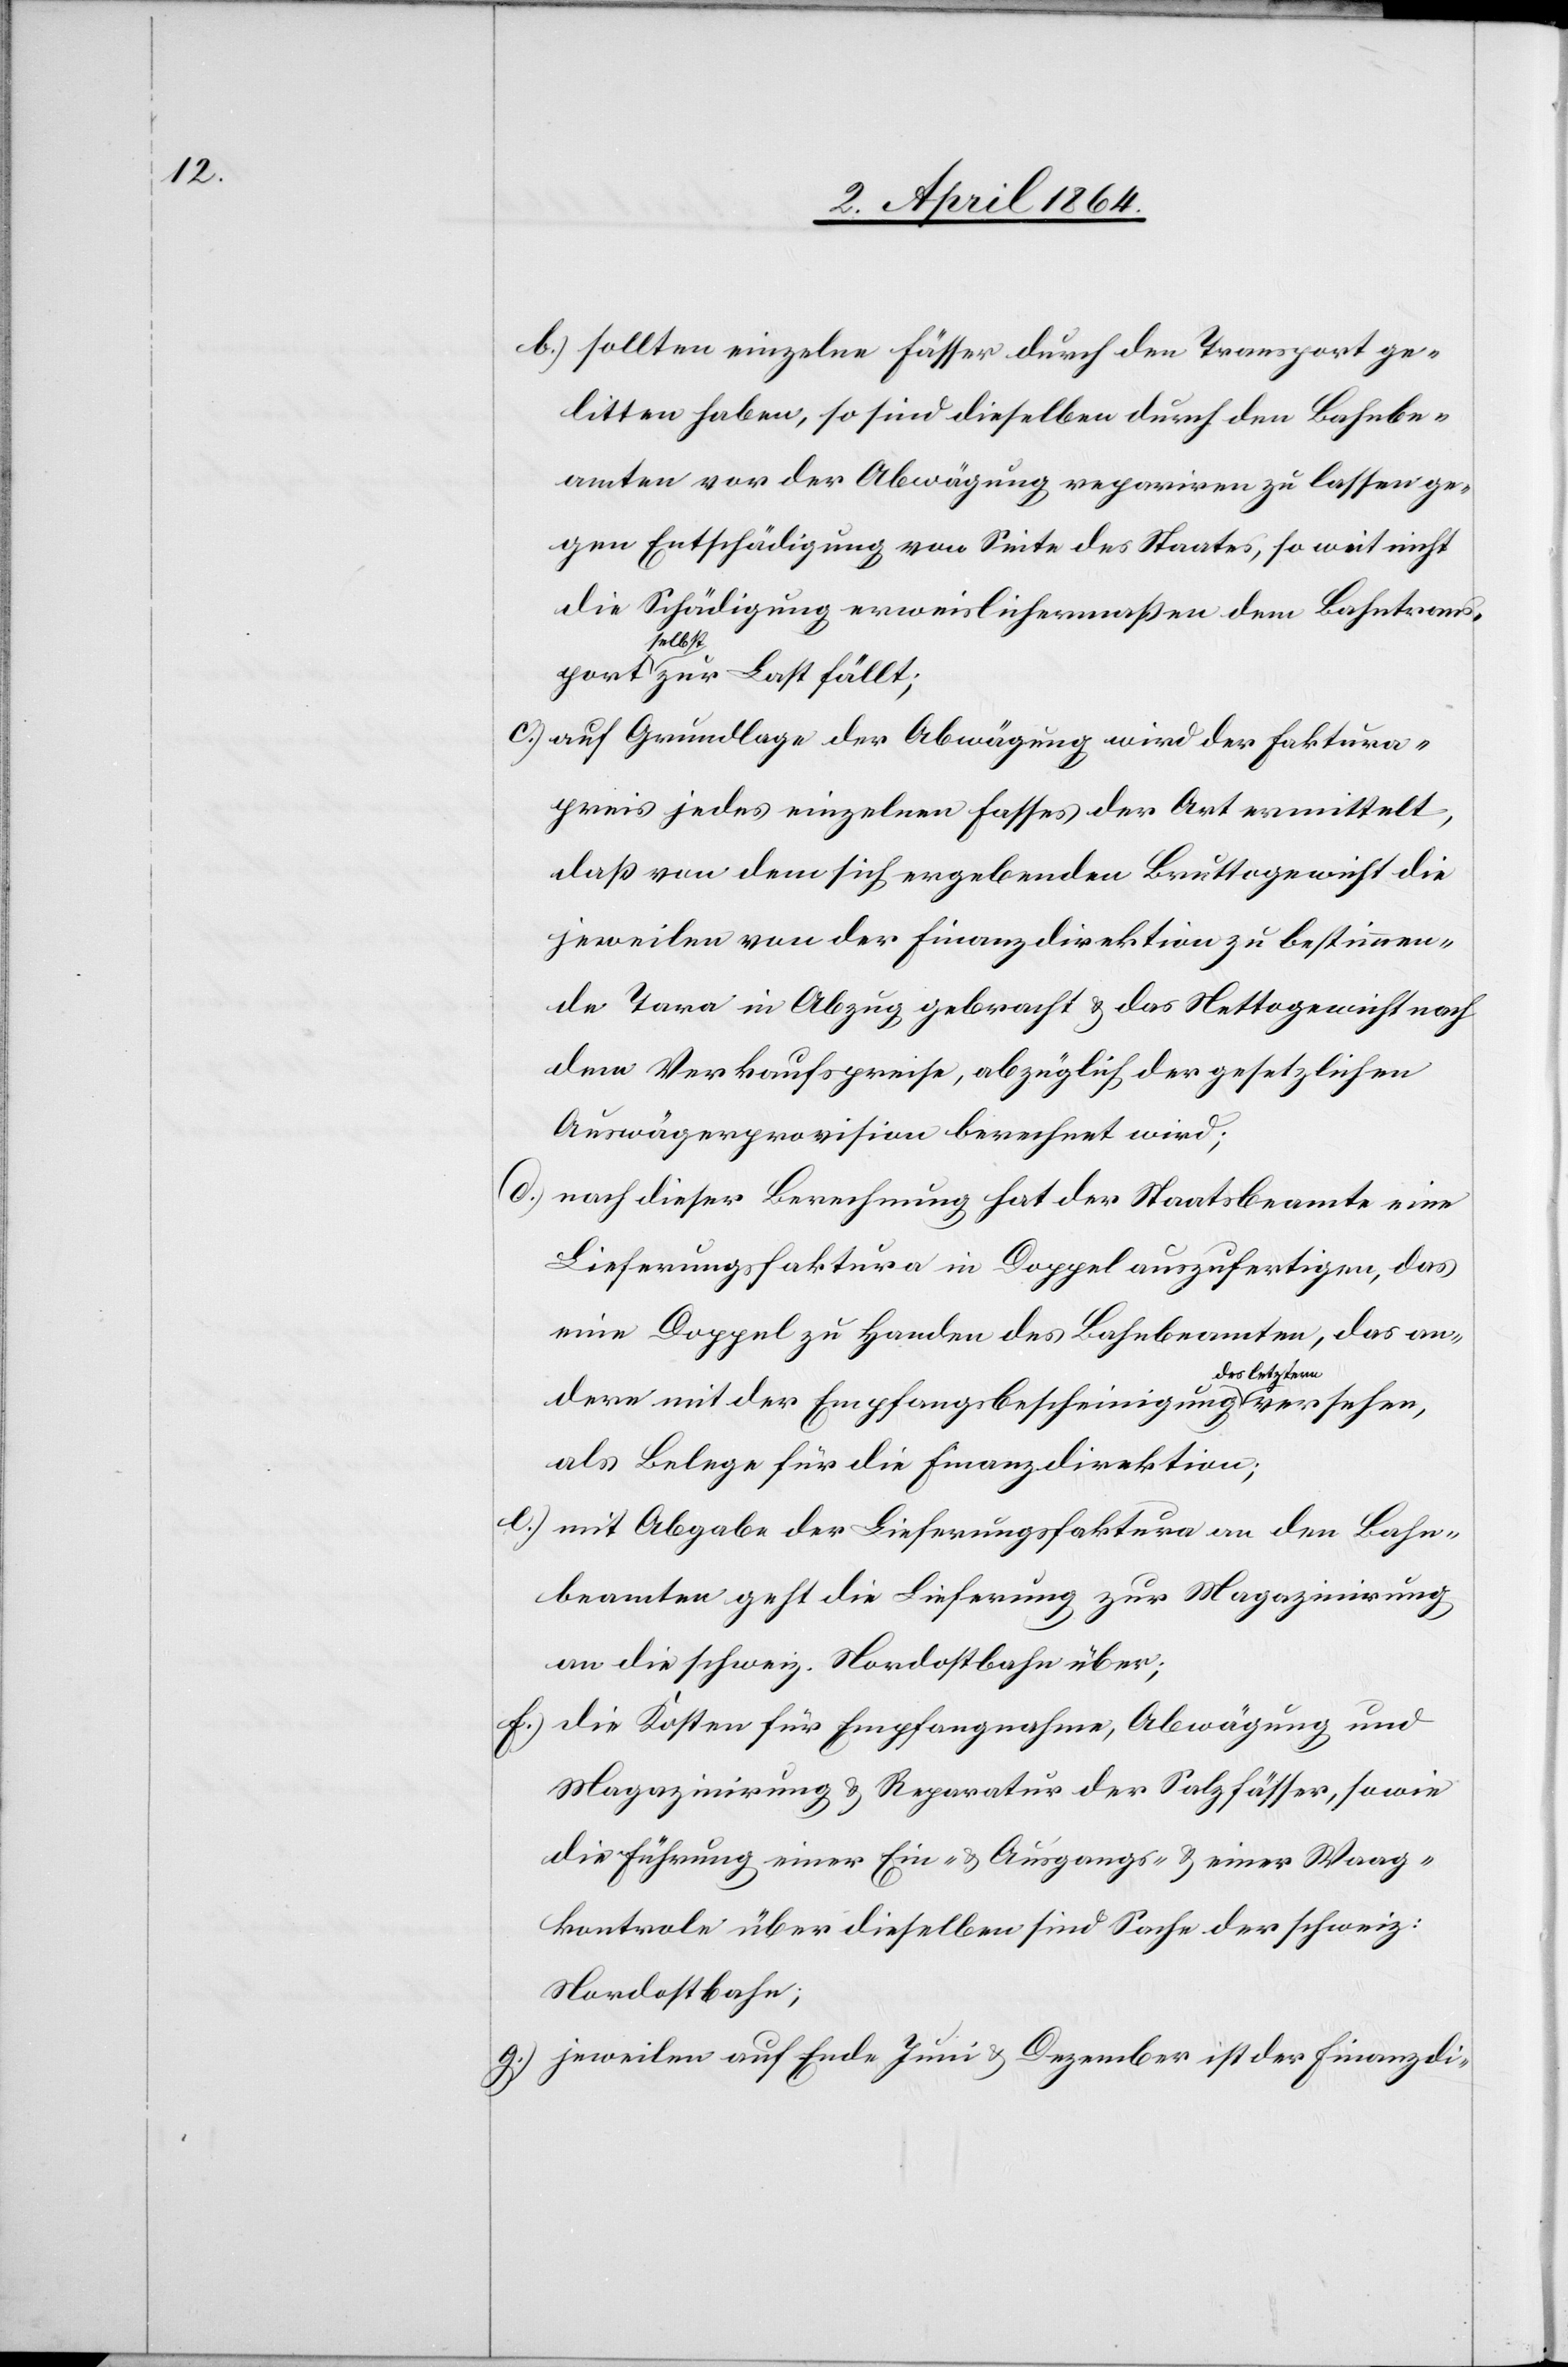
b.) sollten einzelne Fässer durch den Transport ge¬
litten haben, so sind dieselben durch den Bahnbe¬
amten vor der Abwägung repariren zu lassen ge¬
gen Entschädigung von Seite des Staates, so weit nicht
die Schädigung erweislichermaßen dem Bahntran¬
sport
zur Last fällt;
c.) auf Grundlage der Abwägung wird der Faktura¬
preis jedes einzelnen Fasses der Art ermittelt,
daß von dem sich ergebenden Bruttogewicht die
jeweilen von der Finanzdirektion zu bestimmen¬
de Taxa in Abzug gebracht u. das Nettogewicht nach
dem Verkaufspreise, abzüglich der gesetzlichen
Auswägerprovision berechnet wird;
d.) nach dieser Berechnung hat der Staatsbeamte eine
Lieferungsfaktura in Doppel auszufertigen, das
eine Doppel zu Handen des Bahnbeamten, das an¬
dere mit der Empfangsbescheinigung a-des
als Belege für die Finanzdirektion;
e.) mit Abgabe der Lieferungsfaktura an den Bahn¬
beamten geht die Lieferung zur Magazinirung
an die schweiz. Nordostbahn über;
f.) die Kosten für Empfangnahme, Abwägung und
Magazinirung u. Reparatur der Salzfässer, sowie
die Führung einer Ein- u. Ausgangs- u. einer Waag¬
kontrolle über dieselben sind Sache der schweiz:
Nordostbahn.
g.) jeweilen auf Ende Juni u. Dezember ist der Finanzdi-